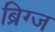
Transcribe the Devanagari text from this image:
ब्रिग्ज